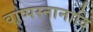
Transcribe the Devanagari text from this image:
वाष्पस्नानादि